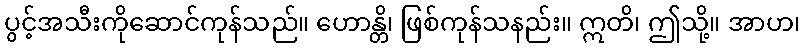
ပွင့်အသီးကိုဆောင်ကုန်သည်။ ဟောန္တိ၊ ဖြစ်ကုန်သနည်း။ ဣတိ၊ ဤသို့။ အာဟ၊